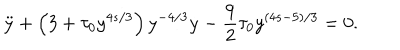
LaTeX: \ddot { y } + \left( 3 + \tau _ { 0 } y ^ { 4 s / 3 } \right) y ^ { - 4 / 3 } \dot { y } - \frac 9 2 \tau _ { 0 } y ^ { ( 4 s - 5 ) / 3 } = 0 .